342_HS1-416511228_319.1 Flying Discs 1949
Agency: Department of War
Incident date: 1/9/50
Page 62
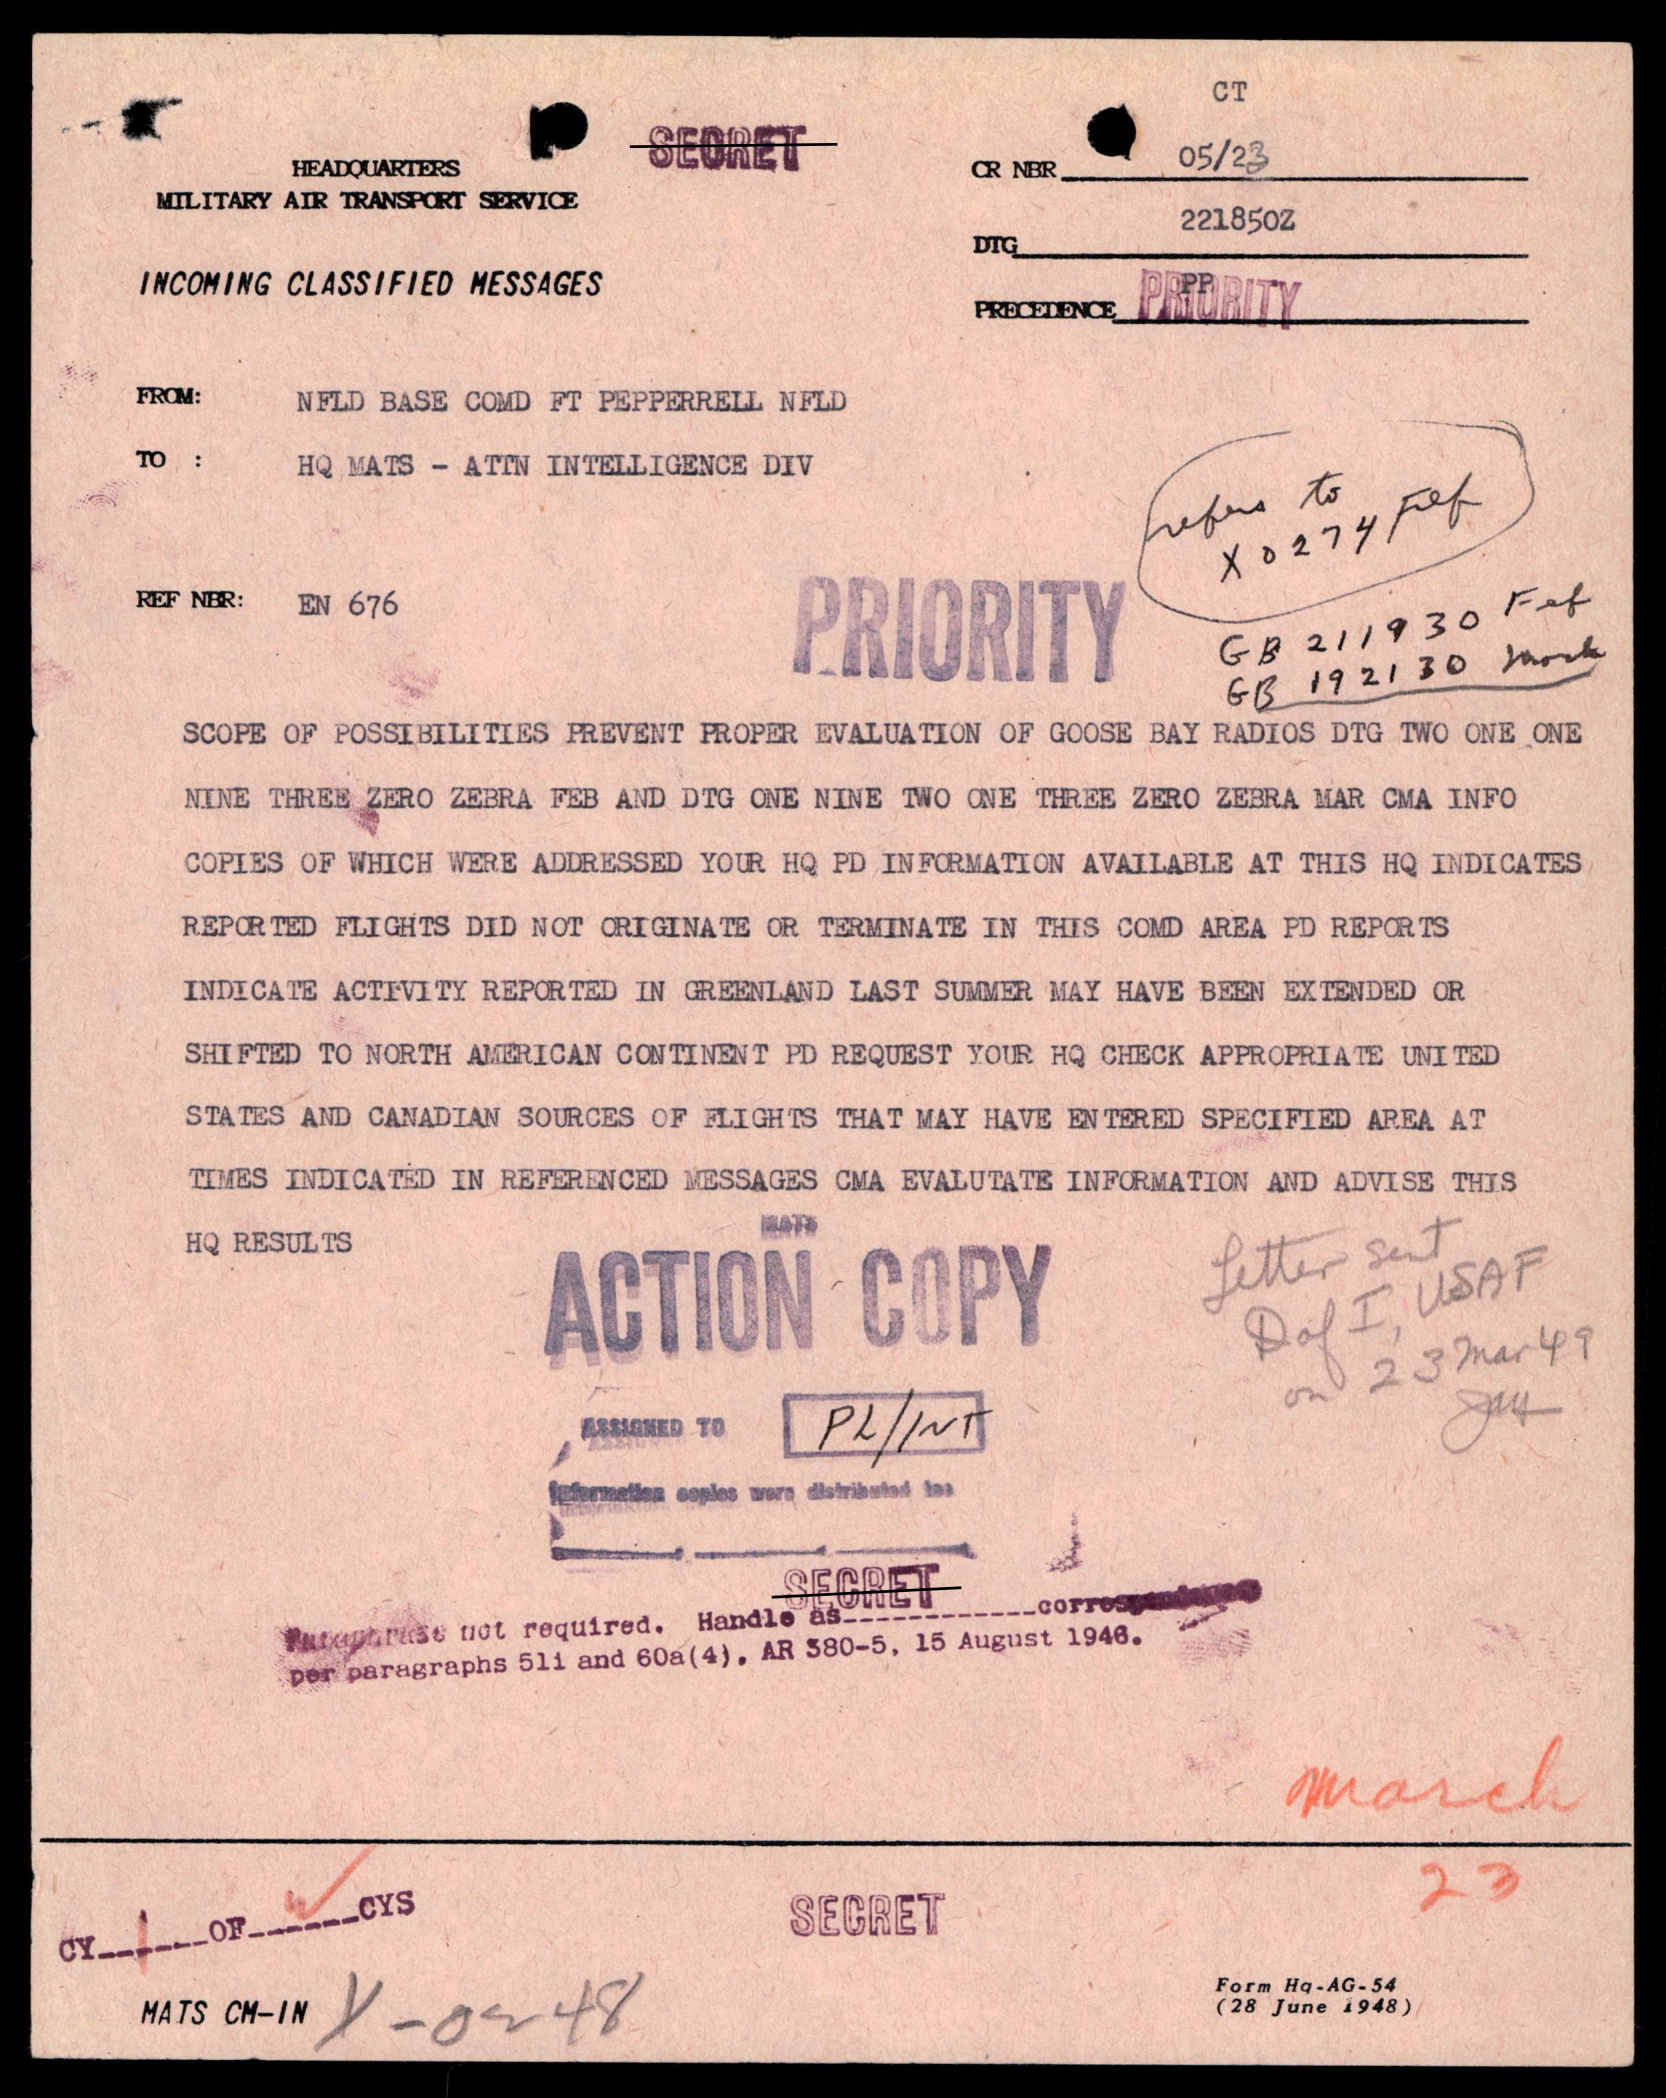